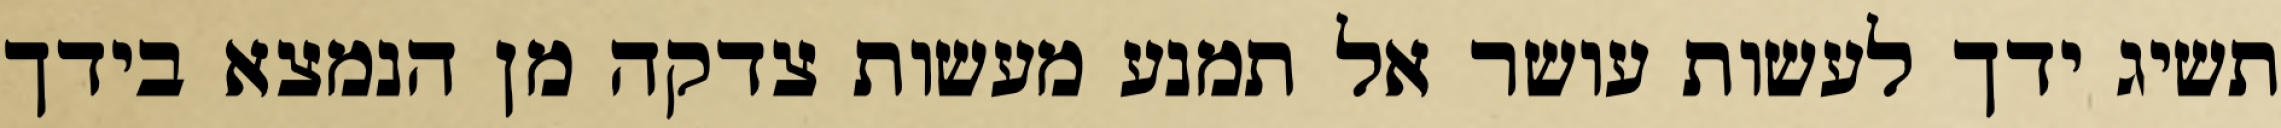
תשיג ידך לעשות עושר אל תמנע מעשות צדקה מן הנמצא בידך